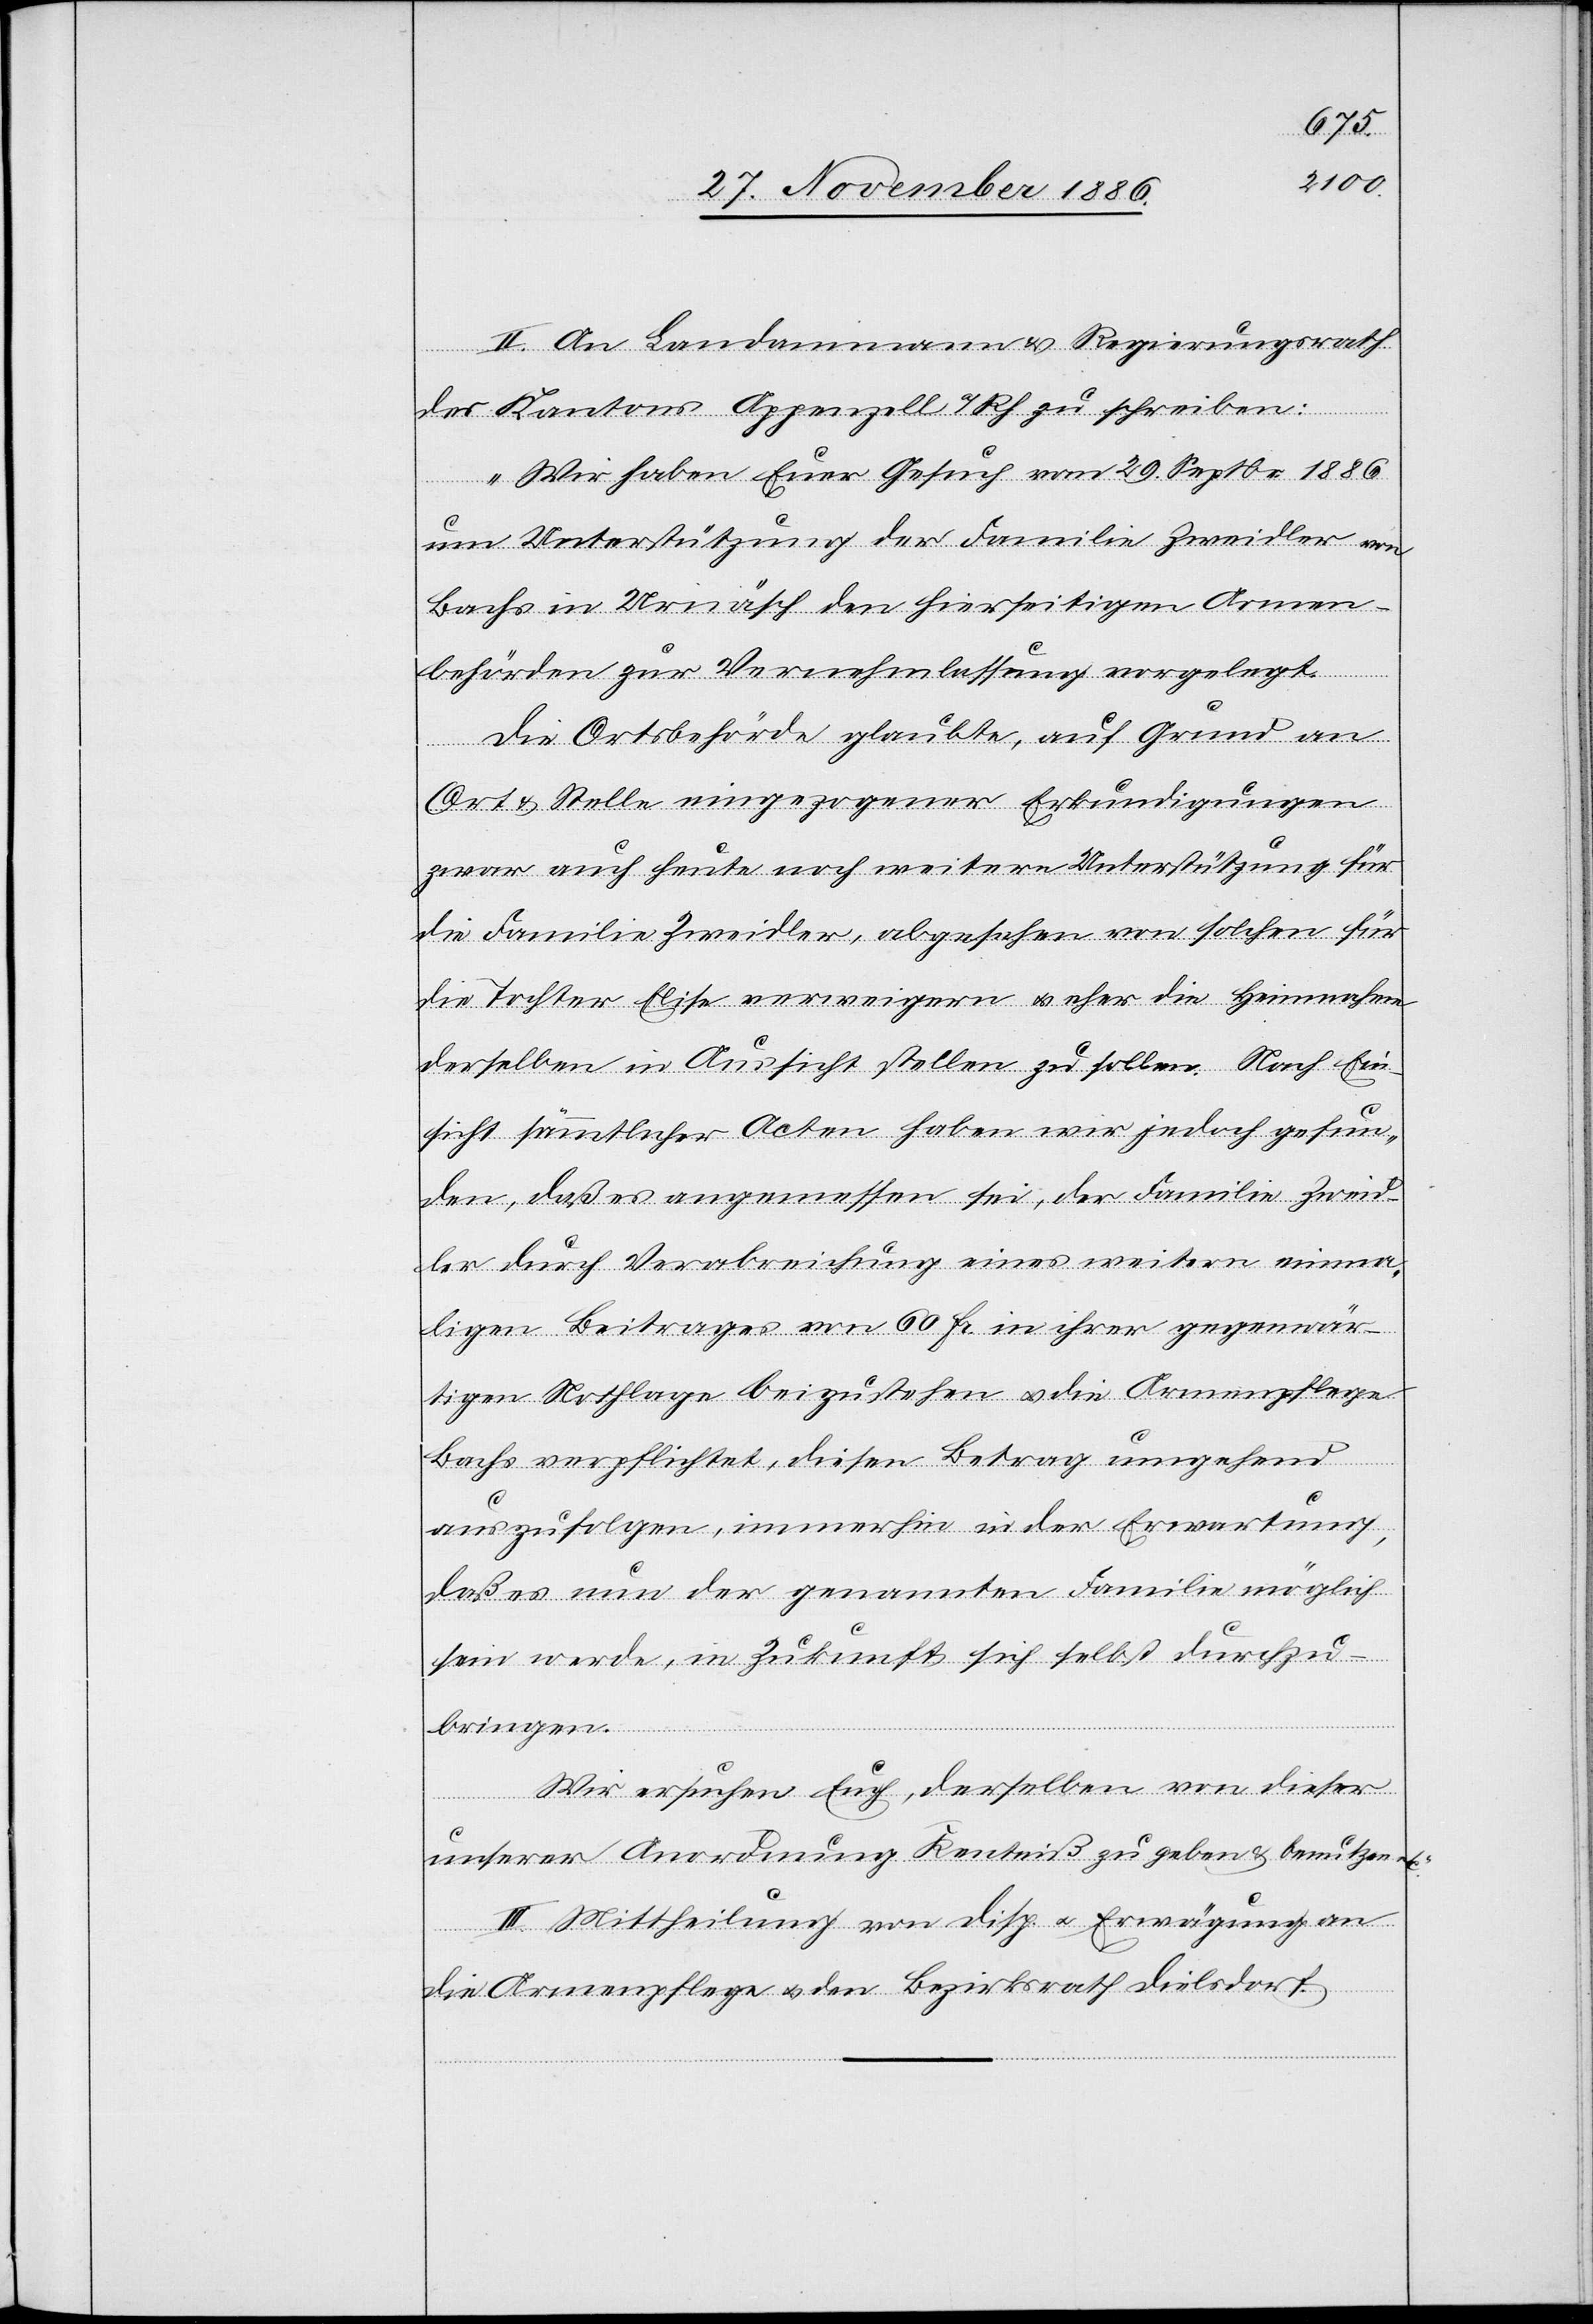
II. An Landammann & Regierungsrath
des Kantons Appenzell a/Rh. zu schreiben:
„Wir haben Euer Gesuch vom 29. Septbr. 1886
um Unterstützung der Familie Zweidler von
Bachs in Urnäsch den hierseitigen Armen¬
behörden zur Vernehmlassung vorgelegt.
Die Ortsbehörde glaubte, auf Grund an
Ort & Stelle eingezogener Erkundigungen
zwar auch heute noch weitere Unterstützung für
die Familie Zweidler, abgesehen von solchen für
die Tochter Elise verweigern & eher die Heimnahme
derselben in Aussicht stellen zu sollen. Nach Ein¬
sicht sämmtlicher Acten haben wir jedoch gefun¬
den, daß es angemessen sei, der Familie Zweid¬
ler durch Verabreichung eines weitern einma¬
ligen Beitrages von 60 Fr. in ihrer gegenwär¬
tigen Nothlage beizustehen & die Armenpflege
Bachs verpflichtet, diesen Betrag umgehend
auszufolgen, immerhin in der Erwartung,
daß es nun der genannten Familie möglich
sein werde, in Zukunft sich selbst durchzu¬
tc.“
bringen.
Wir ersuchen Euch, derselben von dieser
unserer Anordnung Ken[n]tniß zu geben & benutzen e¬
III. Mittheilung von Disp. & Erwägung an
die Armenpflege & den Bezirksrath Dielsdorf.